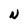
Character: N